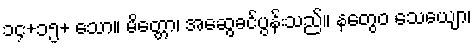
၁၄+၁၅+ သော။ မိတ္တော၊ အဆွေခင်ပွန်းသည်။ နတွေဝ သေယျော၊